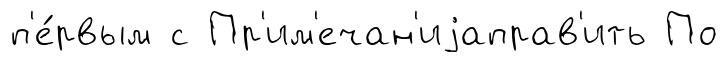
п'е́рвым с Пр'им'ечан'иjаправ'ить По